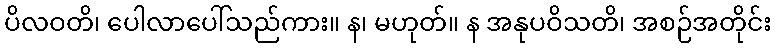
ပိလဝတိ၊ ပေါလာပေါ်သည်ကား။ န၊ မဟုတ်။ န အနုပဝိသတိ၊ အစဉ်အတိုင်း